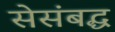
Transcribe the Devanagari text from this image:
सेसंबद्ध